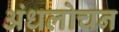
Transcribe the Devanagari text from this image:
अंधलोचन